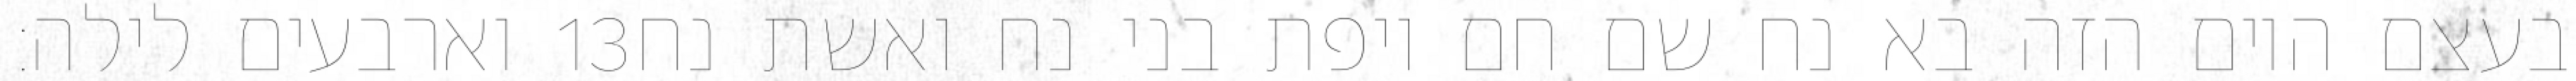
וארבעים לילה׃ ‎13‏ בעצם היום הזה בא נח שם חם ויפת בני נח ואשת נח